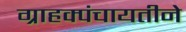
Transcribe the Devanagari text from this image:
ग्राहक्पंचायतीने